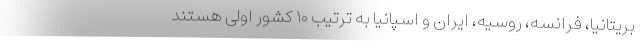
بریتانیا، فرانسه، روسیه، ایران و اسپانیا به ترتیب ۱۰ کشور اولی هستند